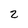
Character: 2